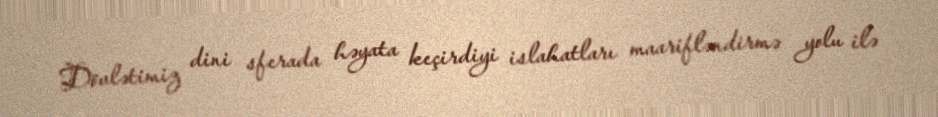
Dövlətimiz dini sferada həyata keçirdiyi islahatları maarifləndirmə yolu ilə